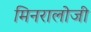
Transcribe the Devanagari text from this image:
मिनरालोजी